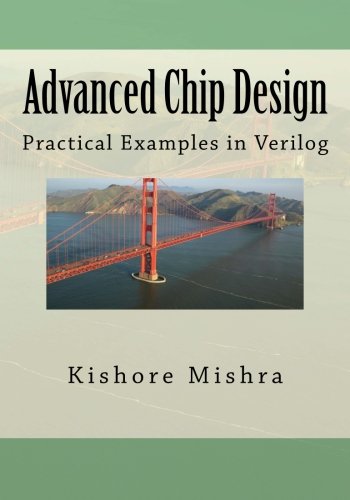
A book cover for Advanced Chip Design, Practical Examples in Verilog; Mr Kishore K Mishra; Computers & Technology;